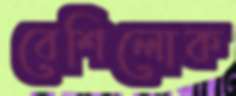
বেশিলোক